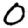
Digit: 0